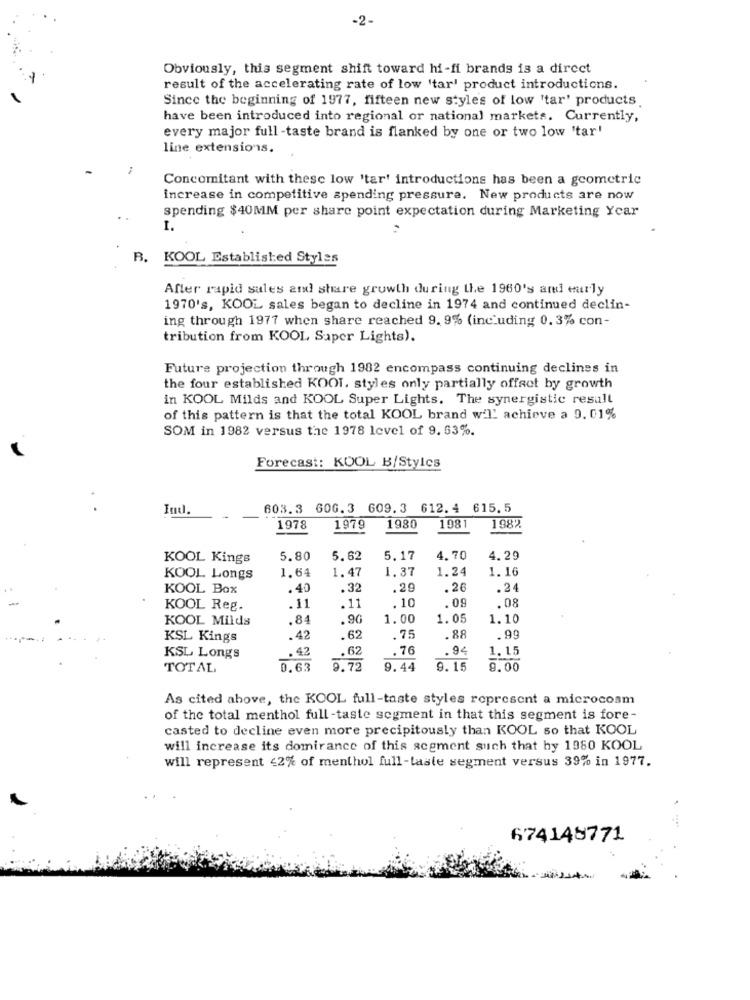
-2-
Obviously, this segment shift toward hi-fi brands is a direct
result of the accelerating rate of low 'tar' product introductions
Since the beginning of 1977, fifteen new styles of low "tar' products
have been introduced into regional or national markets. Currently,
every major full -taste brand is flanked by one or two low 'tar'
line extensions.
Concomitant with thesc low 'tar' introductions has been a geometric
increase in competitive spending pressure. New products are now
spending $40MM per share point expectation during Marketing Ycar
I.
B. KOOL Established Styles
After rapid sales and share growth during the 1960's and early
1970's, KOOL sales began to decline in 1974 and continued declin-
ing through 1977 when share reached 9. 9% (including 0. 3% con-
tribution from KOOL Saper Lights).
Future projection through 1982 encompass continuing declines in
the four established KOOI. styles only partially offset by growth
in KOOL Milds and KOOL Super Lights. The synergistic result
of this pattern is that the total KOOL brand will achieve a 9. 01%
SOM in 1982 versus the 1978 level of 9. 63%.
Forecast: KOOL B/Stylcs
Ind.
603.3 606.3 609.3 612. 4 615.5
1978
1979
1980
1981
1987
KOOL Kings
5.80
5.62
5.17
4.70
4.29
1.64
1.37
1.24
1.16
KOOL Longs
1.47
KOOL Box
.40
. 32
.29
.26
.24
.09
.08
KOOL Reg.
.11
.11
,10
KOOL Milds
.84
.90
1.00
1.05
1.10
KSL Kings
.42
.62
75
.88
.99
.42
.62
76
.94
1.15
KSL Longs
TOTAL
0.63
9.72
9.44
9.15
9.00
As cited ahove, the KOOL full-taste styles represent a microcosm
of the total menthol full-taste segment in that this segment is fore-
casted to decline even more precipitously than KOOL so that KOOL
will increase its domirance of this segment such that hy 1980 KOOL
will represent 42% of menthol full-taste segment versus 39% in 1977.
674148771